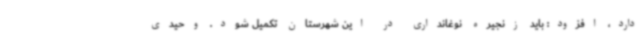
دارد، افزود: باید زنجیره نوغانداری در این شهرستان تکمیل شود. وحیدی